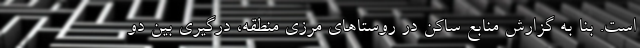
است. بنا به گزارش منابع ساکن در روستاهای مرزی منطقه، درگیری بین دو